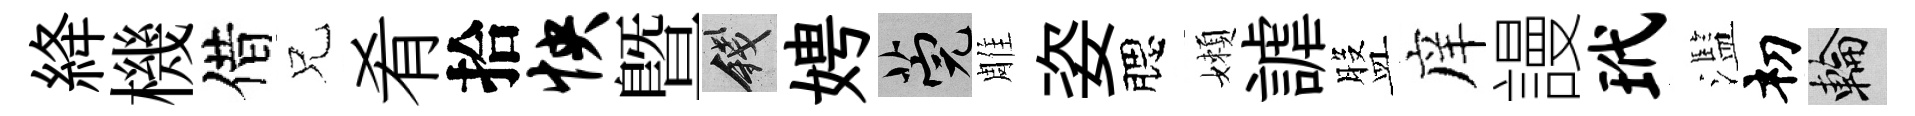
絳機借兄肴拾怏曁錢娉筦雕姿腮嬾謔盤庠謾玳濫𥘉輪